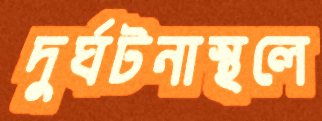
দুর্ঘটনাস্থলে